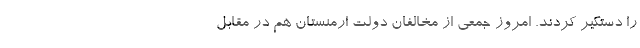
را دستگیر کردند. امروز جمعی از مخالفان دولت ارمنستان هم در مقابل